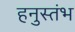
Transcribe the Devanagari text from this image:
हनुस्तंभ